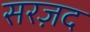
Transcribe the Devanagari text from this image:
सरज़द